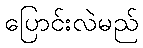
ပြောင်းလဲမည်